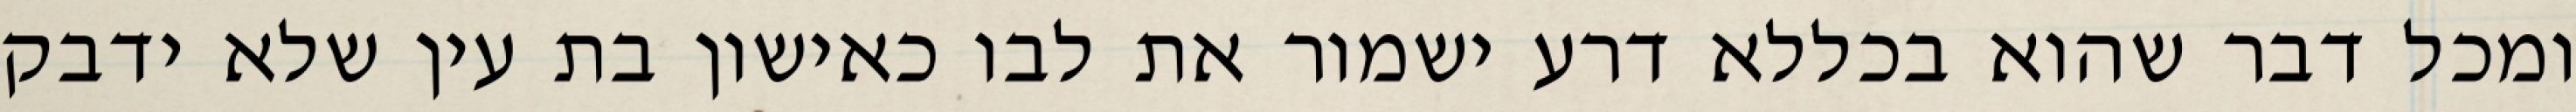
ומכל דבר שהוא בכללא דרע ישמור את לבו כאישון בת עין שלא ידבק